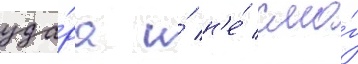
уда́ра и́ н'е́ смо́г